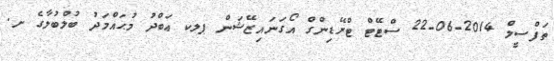
ތަފްސީލް 2014-06-22 ސްޓޭޓް ޓްރޭޑިންގް އޯގަނައިޒޭޝަން ޕލކ ޢަބްދު މުޙައްމަދު ބުލްބުލާގެ ށ.